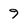
Character: 9